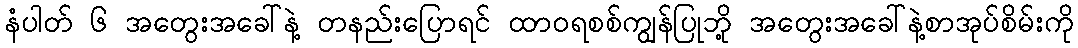
နံပါတ် ၆ အတွေးအခေါ်နဲ့ တနည်းပြောရင် ထာဝရစစ်ကျွန်ပြုဘို့ အတွေးအခေါ်နဲ့စာအုပ်စိမ်းကို